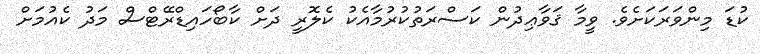
ކުޑަ މިންވަރަކަށެވެ. ވީމާ ޤަވާޢިދުން ކަސްރަތުކުރުމާއެކު ކެލޮރީ ދަށް ކާބޯހައިޑްރޭޓްސް މަދު ކެއުމަށް